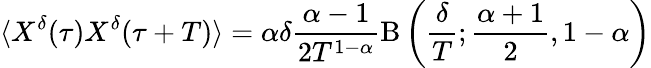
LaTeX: \langle X^{\delta}(\tau)X^{\delta}(\tau+T)\rangle=\alpha\delta\frac{\alpha-1}{2T^{1-\alpha}}\mathrm{B}\left(\frac{\delta}{T};\frac{\alpha+1}{2},1-\alpha\right)